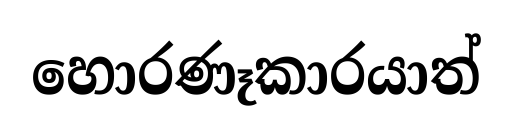
හොරණෑකාරයාත්